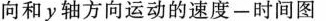
向和y轴方向运动的速度——时间图